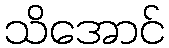
သိအောင်